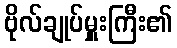
ဗိုလ်ချုပ်မှူးကြီး၏